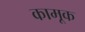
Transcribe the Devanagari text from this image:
कामूक